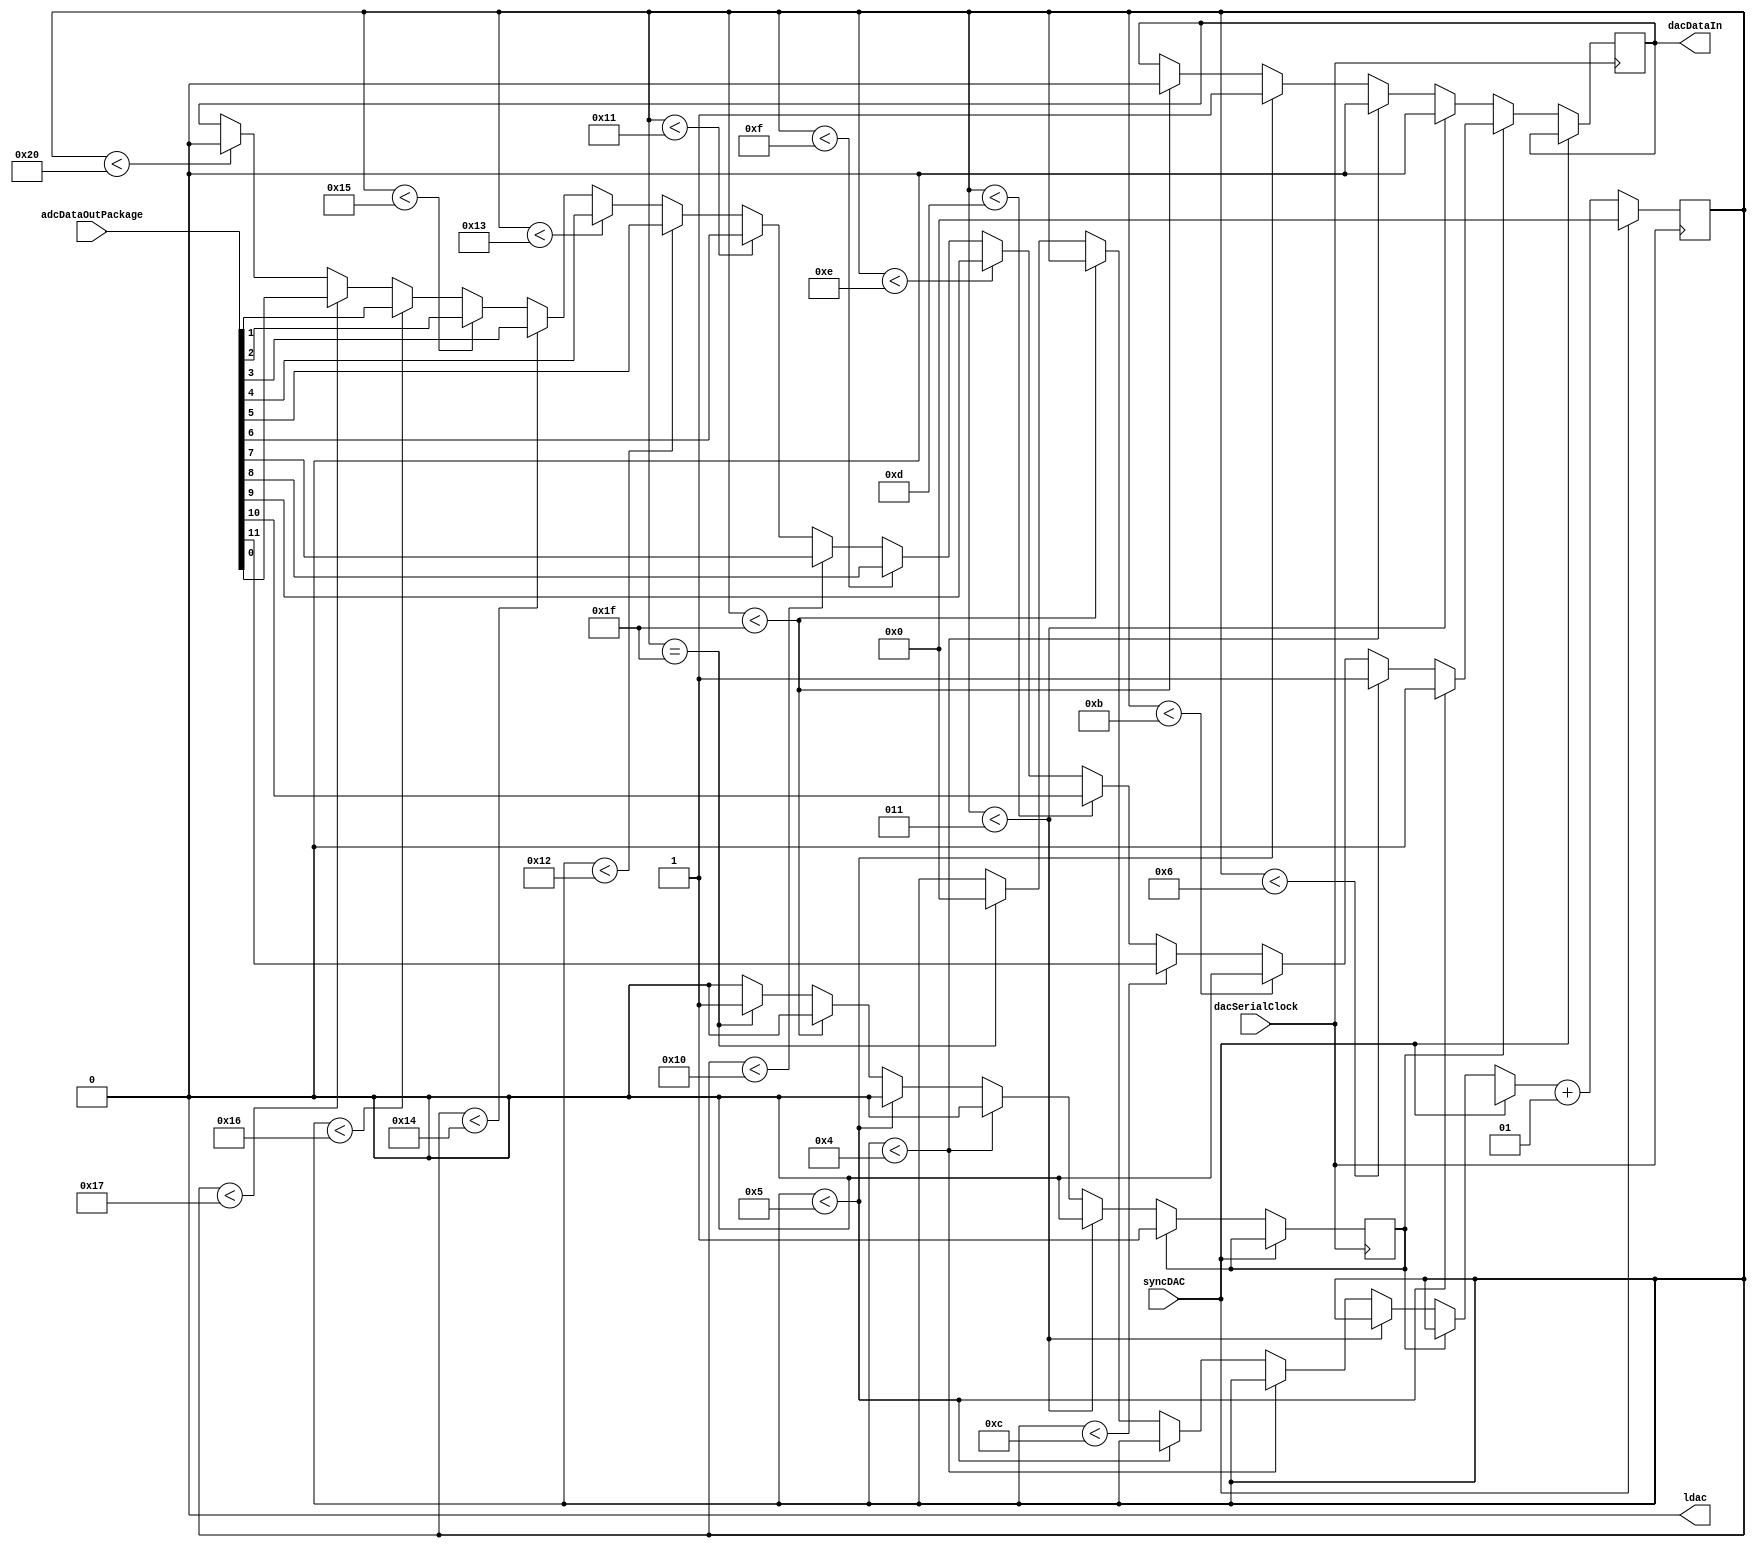
module DAC(adcDataOutPackage, dacSerialClock, ldac, dacDataIn, syncDAC);

input [11:0] adcDataOutPackage;
input dacSerialClock, syncDAC;

reg powerUp; 
integer count;

output reg ldac, dacDataIn;

initial
	begin
		ldac = 0;
		count = 0;
		dacDataIn = 0;
		powerUp = 0;
	end
	
always @(posedge dacSerialClock)
	begin
	if (~syncDAC)
		begin
			if (~powerUp)
				begin
					if (count < 3)
						dacDataIn = 0;
						
					else if (count < 4)
						dacDataIn = 0;
				
					else if (count < 5)
						dacDataIn = 1;
					
					else if (count < 31)
						dacDataIn = 0;
						
					else if (count == 31)
						begin
							count = 0;
							powerUp = 1;
						end
				end
		
		else
			begin
							
						if (count < 5)
							dacDataIn = 0;
						
						else if (count < 6)
							dacDataIn = 1;
						
						else if (count < 11)
							dacDataIn = 0;
							
						else if (count < 12)
							dacDataIn = adcDataOutPackage[11];
							
						else if (count < 13)
							dacDataIn = adcDataOutPackage[10];
							
						else if (count < 14)
							dacDataIn = adcDataOutPackage[9];
							
						else if (count < 15)
							dacDataIn = adcDataOutPackage[8];
							
						else if (count < 16)
							dacDataIn = adcDataOutPackage[7];
							
						else if (count < 17)
							dacDataIn = adcDataOutPackage[6];
							
						else if (count < 18)
							dacDataIn = adcDataOutPackage[5];
							
						else if (count < 19)
							dacDataIn = adcDataOutPackage[4];
							
						else if (count < 20)
							dacDataIn = adcDataOutPackage[3];
							
						else if (count < 21)
							dacDataIn = adcDataOutPackage[2];
							
						else if (count < 22)
							dacDataIn = adcDataOutPackage[1];
							
						else if (count < 23)
							dacDataIn = adcDataOutPackage[0];
							
						else if (count < 32)
							dacDataIn = 0;
			end
			
		count = count + 1;
		
		end
		
		else if (syncDAC)
			count = 0;
	end							
endmodule